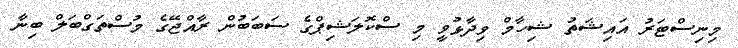
މިނިސްޓަރު އައިޝަތު ޝިހާމް ވިދާޅުވީ މި ސްކޮލަޝިޕްގެ ސަބަބުން ރާއްޖޭގެ މުސްތަގްބަލް ބިނާ